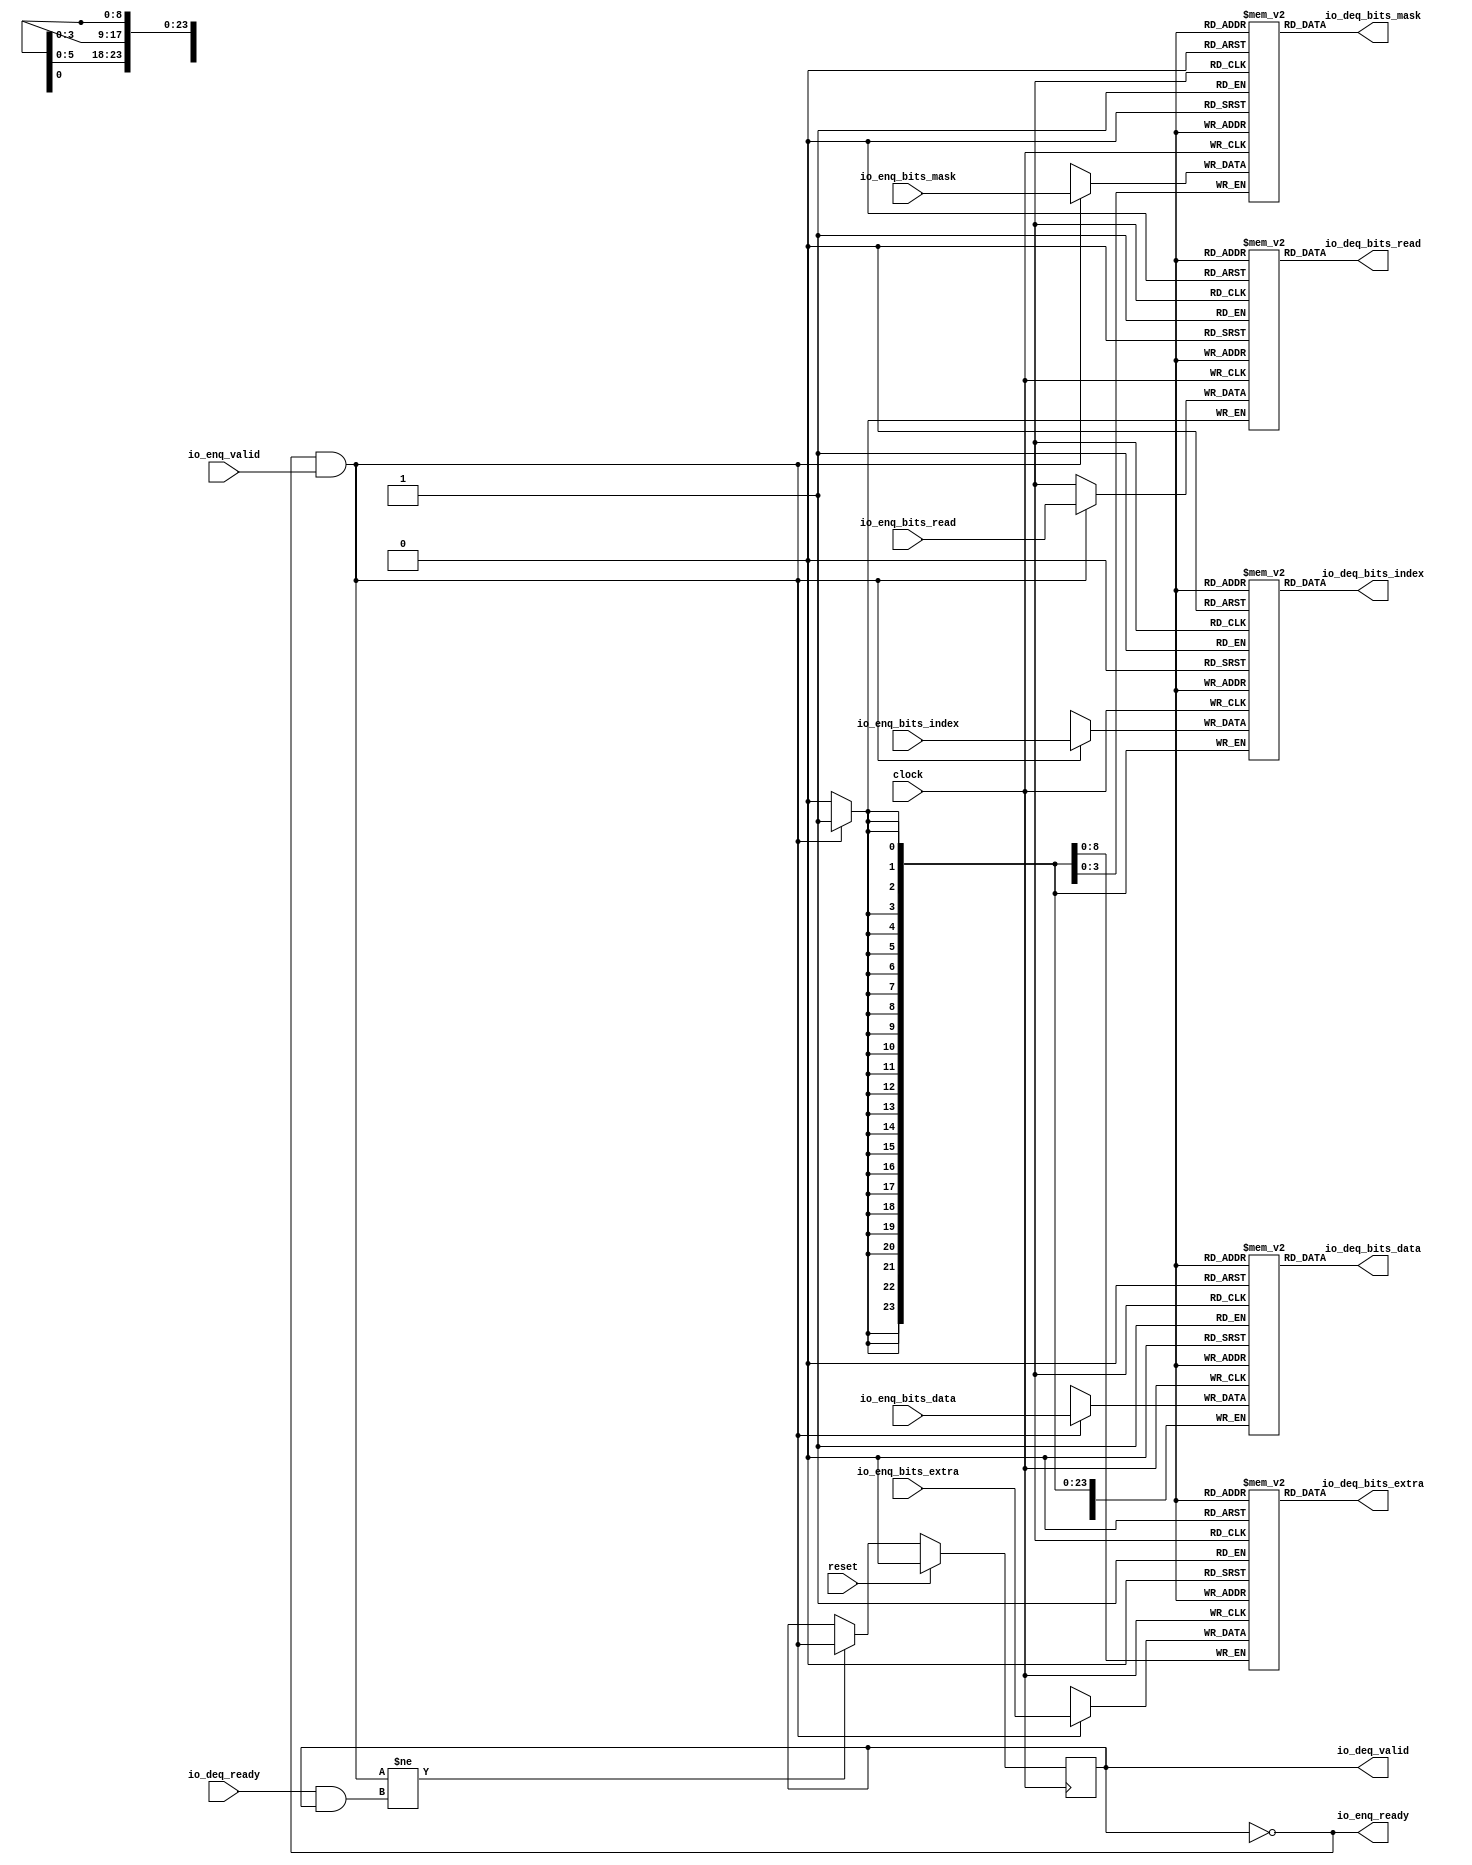
// Copyright (c) 2017, Microsemi Corporation
// All rights reserved.
//
// Redistribution and use in source and binary forms, with or without
// modification, are permitted provided that the following conditions are met:
//     * Redistributions of source code must retain the above copyright
//       notice, this list of conditions and the following disclaimer.
//     * Redistributions in binary form must reproduce the above copyright
//       notice, this list of conditions and the following disclaimer in the
//       documentation and/or other materials provided with the distribution.
//     * Neither the name of the <organization> nor the
//       names of its contributors may be used to endorse or promote products
//       derived from this software without specific prior written permission.
//
// THIS SOFTWARE IS PROVIDED BY THE COPYRIGHT HOLDERS AND CONTRIBUTORS "AS IS" AND
// ANY EXPRESS OR IMPLIED WARRANTIES, INCLUDING, BUT NOT LIMITED TO, THE IMPLIED
// WARRANTIES OF MERCHANTABILITY AND FITNESS FOR A PARTICULAR PURPOSE ARE
// DISCLAIMED. IN NO EVENT SHALL MICROSEMI CORPORATIONM BE LIABLE FOR ANY
// DIRECT, INDIRECT, INCIDENTAL, SPECIAL, EXEMPLARY, OR CONSEQUENTIAL DAMAGES
// (INCLUDING, BUT NOT LIMITED TO, PROCUREMENT OF SUBSTITUTE GOODS OR SERVICES;
// LOSS OF USE, DATA, OR PROFITS; OR BUSINESS INTERRUPTION) HOWEVER CAUSED AND
// ON ANY THEORY OF LIABILITY, WHETHER IN CONTRACT, STRICT LIABILITY, OR TORT
// (INCLUDING NEGLIGENCE OR OTHERWISE) ARISING IN ANY WAY OUT OF THE USE OF THIS
// SOFTWARE, EVEN IF ADVISED OF THE POSSIBILITY OF SUCH DAMAGE.
//
// APACHE LICENSE
// Copyright (c) 2017, Microsemi Corporation 
//
// Licensed under the Apache License, Version 2.0 (the "License");
// you may not use this file except in compliance with the License.
// You may obtain a copy of the License at
//
//    http://www.apache.org/licenses/LICENSE-2.0
//
// Unless required by applicable law or agreed to in writing, software
// distributed under the License is distributed on an "AS IS" BASIS,
// WITHOUT WARRANTIES OR CONDITIONS OF ANY KIND, either express or implied.
// See the License for the specific language governing permissions and
// limitations under the License.
//
// Description:
//
// SVN Revision Information:
// SVN $Revision: $
// SVN $Date: $
//
// Resolved SARs
// SAR      Date     Who   Description
//
// Notes:
//
// ****************************************************************************/
`define RANDOMIZE
`timescale 1ns/10ps
module MIV_RV32IMA_MIV_RV32IMA_0_MIV_RV32IMA_L1_AHB_QUEUE_13(
  input         clock,
  input         reset,
  output        io_enq_ready,
  input         io_enq_valid,
  input         io_enq_bits_read,
  input  [23:0] io_enq_bits_index,
  input  [31:0] io_enq_bits_data,
  input  [3:0]  io_enq_bits_mask,
  input  [8:0]  io_enq_bits_extra,
  input         io_deq_ready,
  output        io_deq_valid,
  output        io_deq_bits_read,
  output [23:0] io_deq_bits_index,
  output [31:0] io_deq_bits_data,
  output [3:0]  io_deq_bits_mask,
  output [8:0]  io_deq_bits_extra
);
  reg  ram_read [0:0];
  reg [31:0] _RAND_0;
  wire  ram_read__T_35_data;
  wire  ram_read__T_35_addr;
  wire  ram_read__T_26_data;
  wire  ram_read__T_26_addr;
  wire  ram_read__T_26_mask;
  wire  ram_read__T_26_en;
  reg [23:0] ram_index [0:0] /* synthesis syn_ramstyle = "registers" */;
  reg [31:0] _RAND_1;
  wire [23:0] ram_index__T_35_data;
  wire  ram_index__T_35_addr;
  wire [23:0] ram_index__T_26_data;
  wire  ram_index__T_26_addr;
  wire  ram_index__T_26_mask;
  wire  ram_index__T_26_en;
  reg [31:0] ram_data [0:0] /* synthesis syn_ramstyle = "registers" */;
  reg [31:0] _RAND_2;
  wire [31:0] ram_data__T_35_data;
  wire  ram_data__T_35_addr;
  wire [31:0] ram_data__T_26_data;
  wire  ram_data__T_26_addr;
  wire  ram_data__T_26_mask;
  wire  ram_data__T_26_en;
  reg [3:0] ram_mask [0:0] /* synthesis syn_ramstyle = "registers" */;
  reg [31:0] _RAND_3;
  wire [3:0] ram_mask__T_35_data;
  wire  ram_mask__T_35_addr;
  wire [3:0] ram_mask__T_26_data;
  wire  ram_mask__T_26_addr;
  wire  ram_mask__T_26_mask;
  wire  ram_mask__T_26_en;
  reg [8:0] ram_extra [0:0] /* synthesis syn_ramstyle = "registers" */;
  reg [31:0] _RAND_4;
  wire [8:0] ram_extra__T_35_data;
  wire  ram_extra__T_35_addr;
  wire [8:0] ram_extra__T_26_data;
  wire  ram_extra__T_26_addr;
  wire  ram_extra__T_26_mask;
  wire  ram_extra__T_26_en;
  reg  maybe_full;
  reg [31:0] _RAND_5;
  wire  _T_18;
  wire  _T_21;
  wire  _T_23;
  wire  _T_29;
  wire  _GEN_8;
  wire  _T_31;
  assign io_enq_ready = _T_18;
  assign io_deq_valid = _T_31;
  assign io_deq_bits_read = ram_read__T_35_data;
  assign io_deq_bits_index = ram_index__T_35_data;
  assign io_deq_bits_data = ram_data__T_35_data;
  assign io_deq_bits_mask = ram_mask__T_35_data;
  assign io_deq_bits_extra = ram_extra__T_35_data;
  assign ram_read__T_35_addr = 1'h0;
  assign ram_read__T_35_data = ram_read[ram_read__T_35_addr];
  assign ram_read__T_26_data = io_enq_bits_read;
  assign ram_read__T_26_addr = 1'h0;
  assign ram_read__T_26_mask = _T_21;
  assign ram_read__T_26_en = _T_21;
  assign ram_index__T_35_addr = 1'h0;
  assign ram_index__T_35_data = ram_index[ram_index__T_35_addr];
  assign ram_index__T_26_data = io_enq_bits_index;
  assign ram_index__T_26_addr = 1'h0;
  assign ram_index__T_26_mask = _T_21;
  assign ram_index__T_26_en = _T_21;
  assign ram_data__T_35_addr = 1'h0;
  assign ram_data__T_35_data = ram_data[ram_data__T_35_addr];
  assign ram_data__T_26_data = io_enq_bits_data;
  assign ram_data__T_26_addr = 1'h0;
  assign ram_data__T_26_mask = _T_21;
  assign ram_data__T_26_en = _T_21;
  assign ram_mask__T_35_addr = 1'h0;
  assign ram_mask__T_35_data = ram_mask[ram_mask__T_35_addr];
  assign ram_mask__T_26_data = io_enq_bits_mask;
  assign ram_mask__T_26_addr = 1'h0;
  assign ram_mask__T_26_mask = _T_21;
  assign ram_mask__T_26_en = _T_21;
  assign ram_extra__T_35_addr = 1'h0;
  assign ram_extra__T_35_data = ram_extra[ram_extra__T_35_addr];
  assign ram_extra__T_26_data = io_enq_bits_extra;
  assign ram_extra__T_26_addr = 1'h0;
  assign ram_extra__T_26_mask = _T_21;
  assign ram_extra__T_26_en = _T_21;
  assign _T_18 = maybe_full == 1'h0;
  assign _T_21 = io_enq_ready & io_enq_valid;
  assign _T_23 = io_deq_ready & io_deq_valid;
  assign _T_29 = _T_21 != _T_23;
  assign _GEN_8 = _T_29 ? _T_21 : maybe_full;
  assign _T_31 = _T_18 == 1'h0;
`ifdef RANDOMIZE
  integer initvar;
  initial begin
    `ifndef verilator
      #0.002 begin end
    `endif
  _RAND_0 = {1{$random}};
  `ifdef RANDOMIZE_MEM_INIT
  for (initvar = 0; initvar < 1; initvar = initvar+1)
    ram_read[initvar] = _RAND_0[0:0];
  `endif // RANDOMIZE_MEM_INIT
  _RAND_1 = {1{$random}};
  `ifdef RANDOMIZE_MEM_INIT
  for (initvar = 0; initvar < 1; initvar = initvar+1)
    ram_index[initvar] = _RAND_1[23:0];
  `endif // RANDOMIZE_MEM_INIT
  _RAND_2 = {1{$random}};
  `ifdef RANDOMIZE_MEM_INIT
  for (initvar = 0; initvar < 1; initvar = initvar+1)
    ram_data[initvar] = _RAND_2[31:0];
  `endif // RANDOMIZE_MEM_INIT
  _RAND_3 = {1{$random}};
  `ifdef RANDOMIZE_MEM_INIT
  for (initvar = 0; initvar < 1; initvar = initvar+1)
    ram_mask[initvar] = _RAND_3[3:0];
  `endif // RANDOMIZE_MEM_INIT
  _RAND_4 = {1{$random}};
  `ifdef RANDOMIZE_MEM_INIT
  for (initvar = 0; initvar < 1; initvar = initvar+1)
    ram_extra[initvar] = _RAND_4[8:0];
  `endif // RANDOMIZE_MEM_INIT
  `ifdef RANDOMIZE_REG_INIT
  _RAND_5 = {1{$random}};
  maybe_full = _RAND_5[0:0];
  `endif // RANDOMIZE_REG_INIT
  end
`endif // RANDOMIZE
  always @(posedge clock) begin
    if(ram_read__T_26_en & ram_read__T_26_mask) begin
      ram_read[ram_read__T_26_addr] <= ram_read__T_26_data;
    end
    if(ram_index__T_26_en & ram_index__T_26_mask) begin
      ram_index[ram_index__T_26_addr] <= ram_index__T_26_data;
    end
    if(ram_data__T_26_en & ram_data__T_26_mask) begin
      ram_data[ram_data__T_26_addr] <= ram_data__T_26_data;
    end
    if(ram_mask__T_26_en & ram_mask__T_26_mask) begin
      ram_mask[ram_mask__T_26_addr] <= ram_mask__T_26_data;
    end
    if(ram_extra__T_26_en & ram_extra__T_26_mask) begin
      ram_extra[ram_extra__T_26_addr] <= ram_extra__T_26_data;
    end
    if (reset) begin
      maybe_full <= 1'h0;
    end else begin
      if (_T_29) begin
        maybe_full <= _T_21;
      end
    end
  end
endmodule